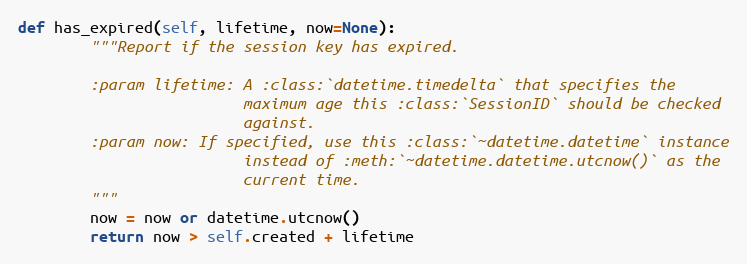
Language: Python
def has_expired(self, lifetime, now=None):
        """Report if the session key has expired.

        :param lifetime: A :class:`datetime.timedelta` that specifies the
                         maximum age this :class:`SessionID` should be checked
                         against.
        :param now: If specified, use this :class:`~datetime.datetime` instance
                         instead of :meth:`~datetime.datetime.utcnow()` as the
                         current time.
        """
        now = now or datetime.utcnow()
        return now > self.created + lifetime